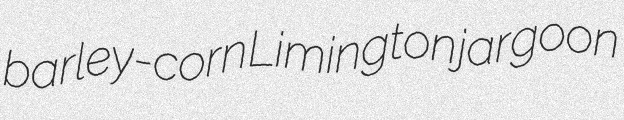
barley-corn Limington jargoon